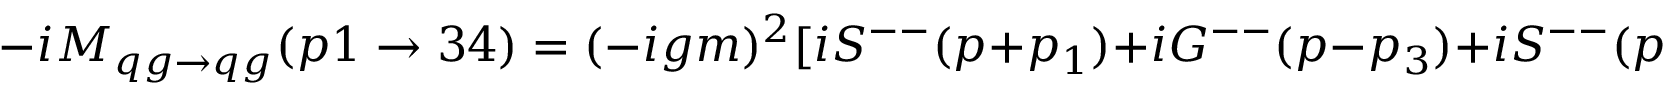
- i { \cal M } _ { q g \to q g } ( p 1 \to 3 4 ) = ( - i g m ) ^ { 2 } [ i S ^ { -- } ( p + p _ { 1 } ) + i G ^ { -- } ( p - p _ { 3 } ) + i S ^ { -- } ( p - p _ { 4 } ) ] .